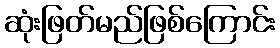
ဆုံးဖြတ်မည်ဖြစ်ကြောင်း